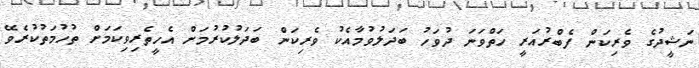
ނަޝީދުގެ ވެރިކަން ފެބްރުއަރީ ހަތްވަނަ ދުވަހު ބަދަލުވުމާއެކު ވެރިކަން ބަދަލުކުރުމަށް އެހީތެރިވިކަމަށް ތުހުމަތުކުރެވޭ